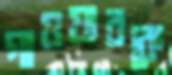
গাওয়ারকে